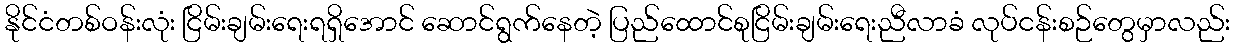
နိုင်ငံတစ်ဝန်းလုံး ငြိမ်းချမ်းရေးရရှိအောင် ဆောင်ရွက်နေတဲ့ ပြည်ထောင်စုငြိမ်းချမ်းရေးညီလာခံ လုပ်ငန်းစဉ်တွေမှာလည်း